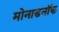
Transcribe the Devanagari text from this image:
मोनाडनॉक